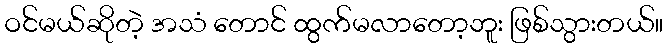
ဝင်မယ်ဆိုတဲ့ အသံ တောင် ထွက်မလာတော့ဘူး ဖြစ်သွားတယ်။